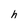
Character: h